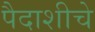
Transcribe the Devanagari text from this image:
पैदाशीचे